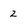
Character: 2